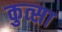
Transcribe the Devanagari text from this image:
कुत्सा